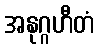
အနုဂ္ဂဟီတံ